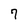
Character: 7